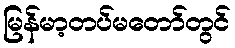
မြန်မာ့တပ်မတော်တွင်